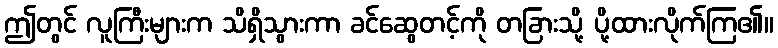
ဤတွင် လူကြီးများက သိရှိသွားကာ ခင်ဆွေတင့်ကို တခြားသို့ ပို့ထားလိုက်ကြ၏။